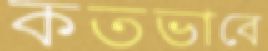
কতভাবে